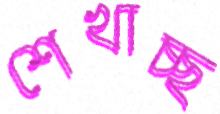
শেখাচ্ছ